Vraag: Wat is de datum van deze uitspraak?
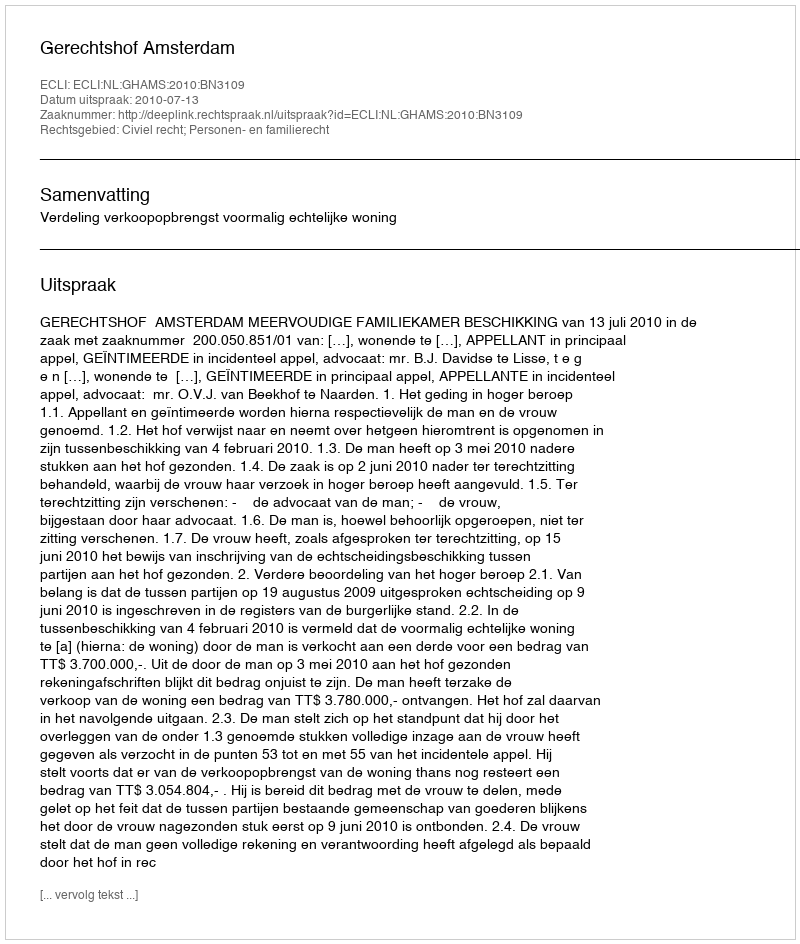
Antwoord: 2010-07-13